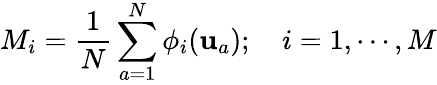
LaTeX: M_{i}=\frac{1}{N}\sum_{a=1}^{N}\phi_{i}(\mathbf{u}_{a});\quad i=1,\cdots,M